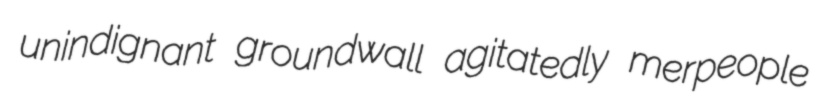
unindignant groundwall agitatedly merpeople